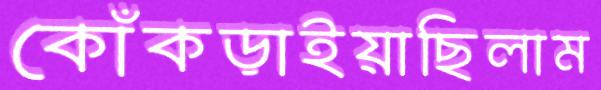
কোঁকড়াইয়াছিলাম